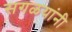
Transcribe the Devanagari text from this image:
सगळयांनी